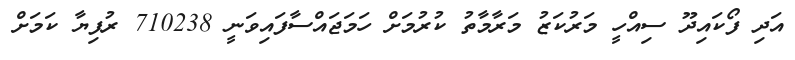
އަދި ފޯކައިދޫ ސިއްހީ މަރުކަޒު މަރާމާތު ކުރުމަށް ހަމަޖައްސާފައިވަނީ 710238 ރުފިޔާ ކަމަށް